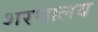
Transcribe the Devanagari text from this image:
शरणालय